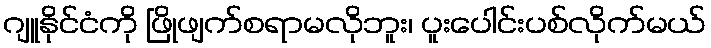
ဂျူနိုင်ငံကို ဖြိုဖျက်စရာမလိုဘူး၊ ပူးပေါင်းပစ်လိုက်မယ်